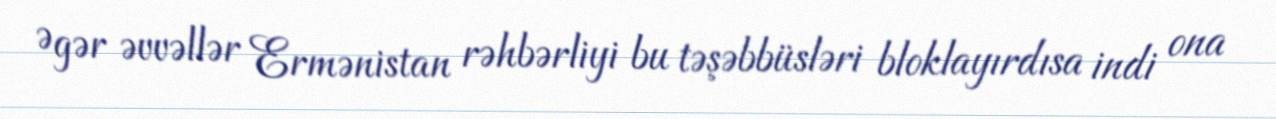
Əgər əvvəllər Ermənistan rəhbərliyi bu təşəbbüsləri bloklayırdısa indi ona